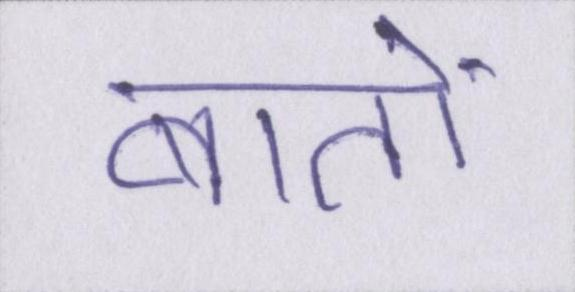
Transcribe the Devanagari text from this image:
बातों